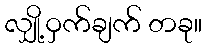
လျှို့ဝှက်ချက် တခု။